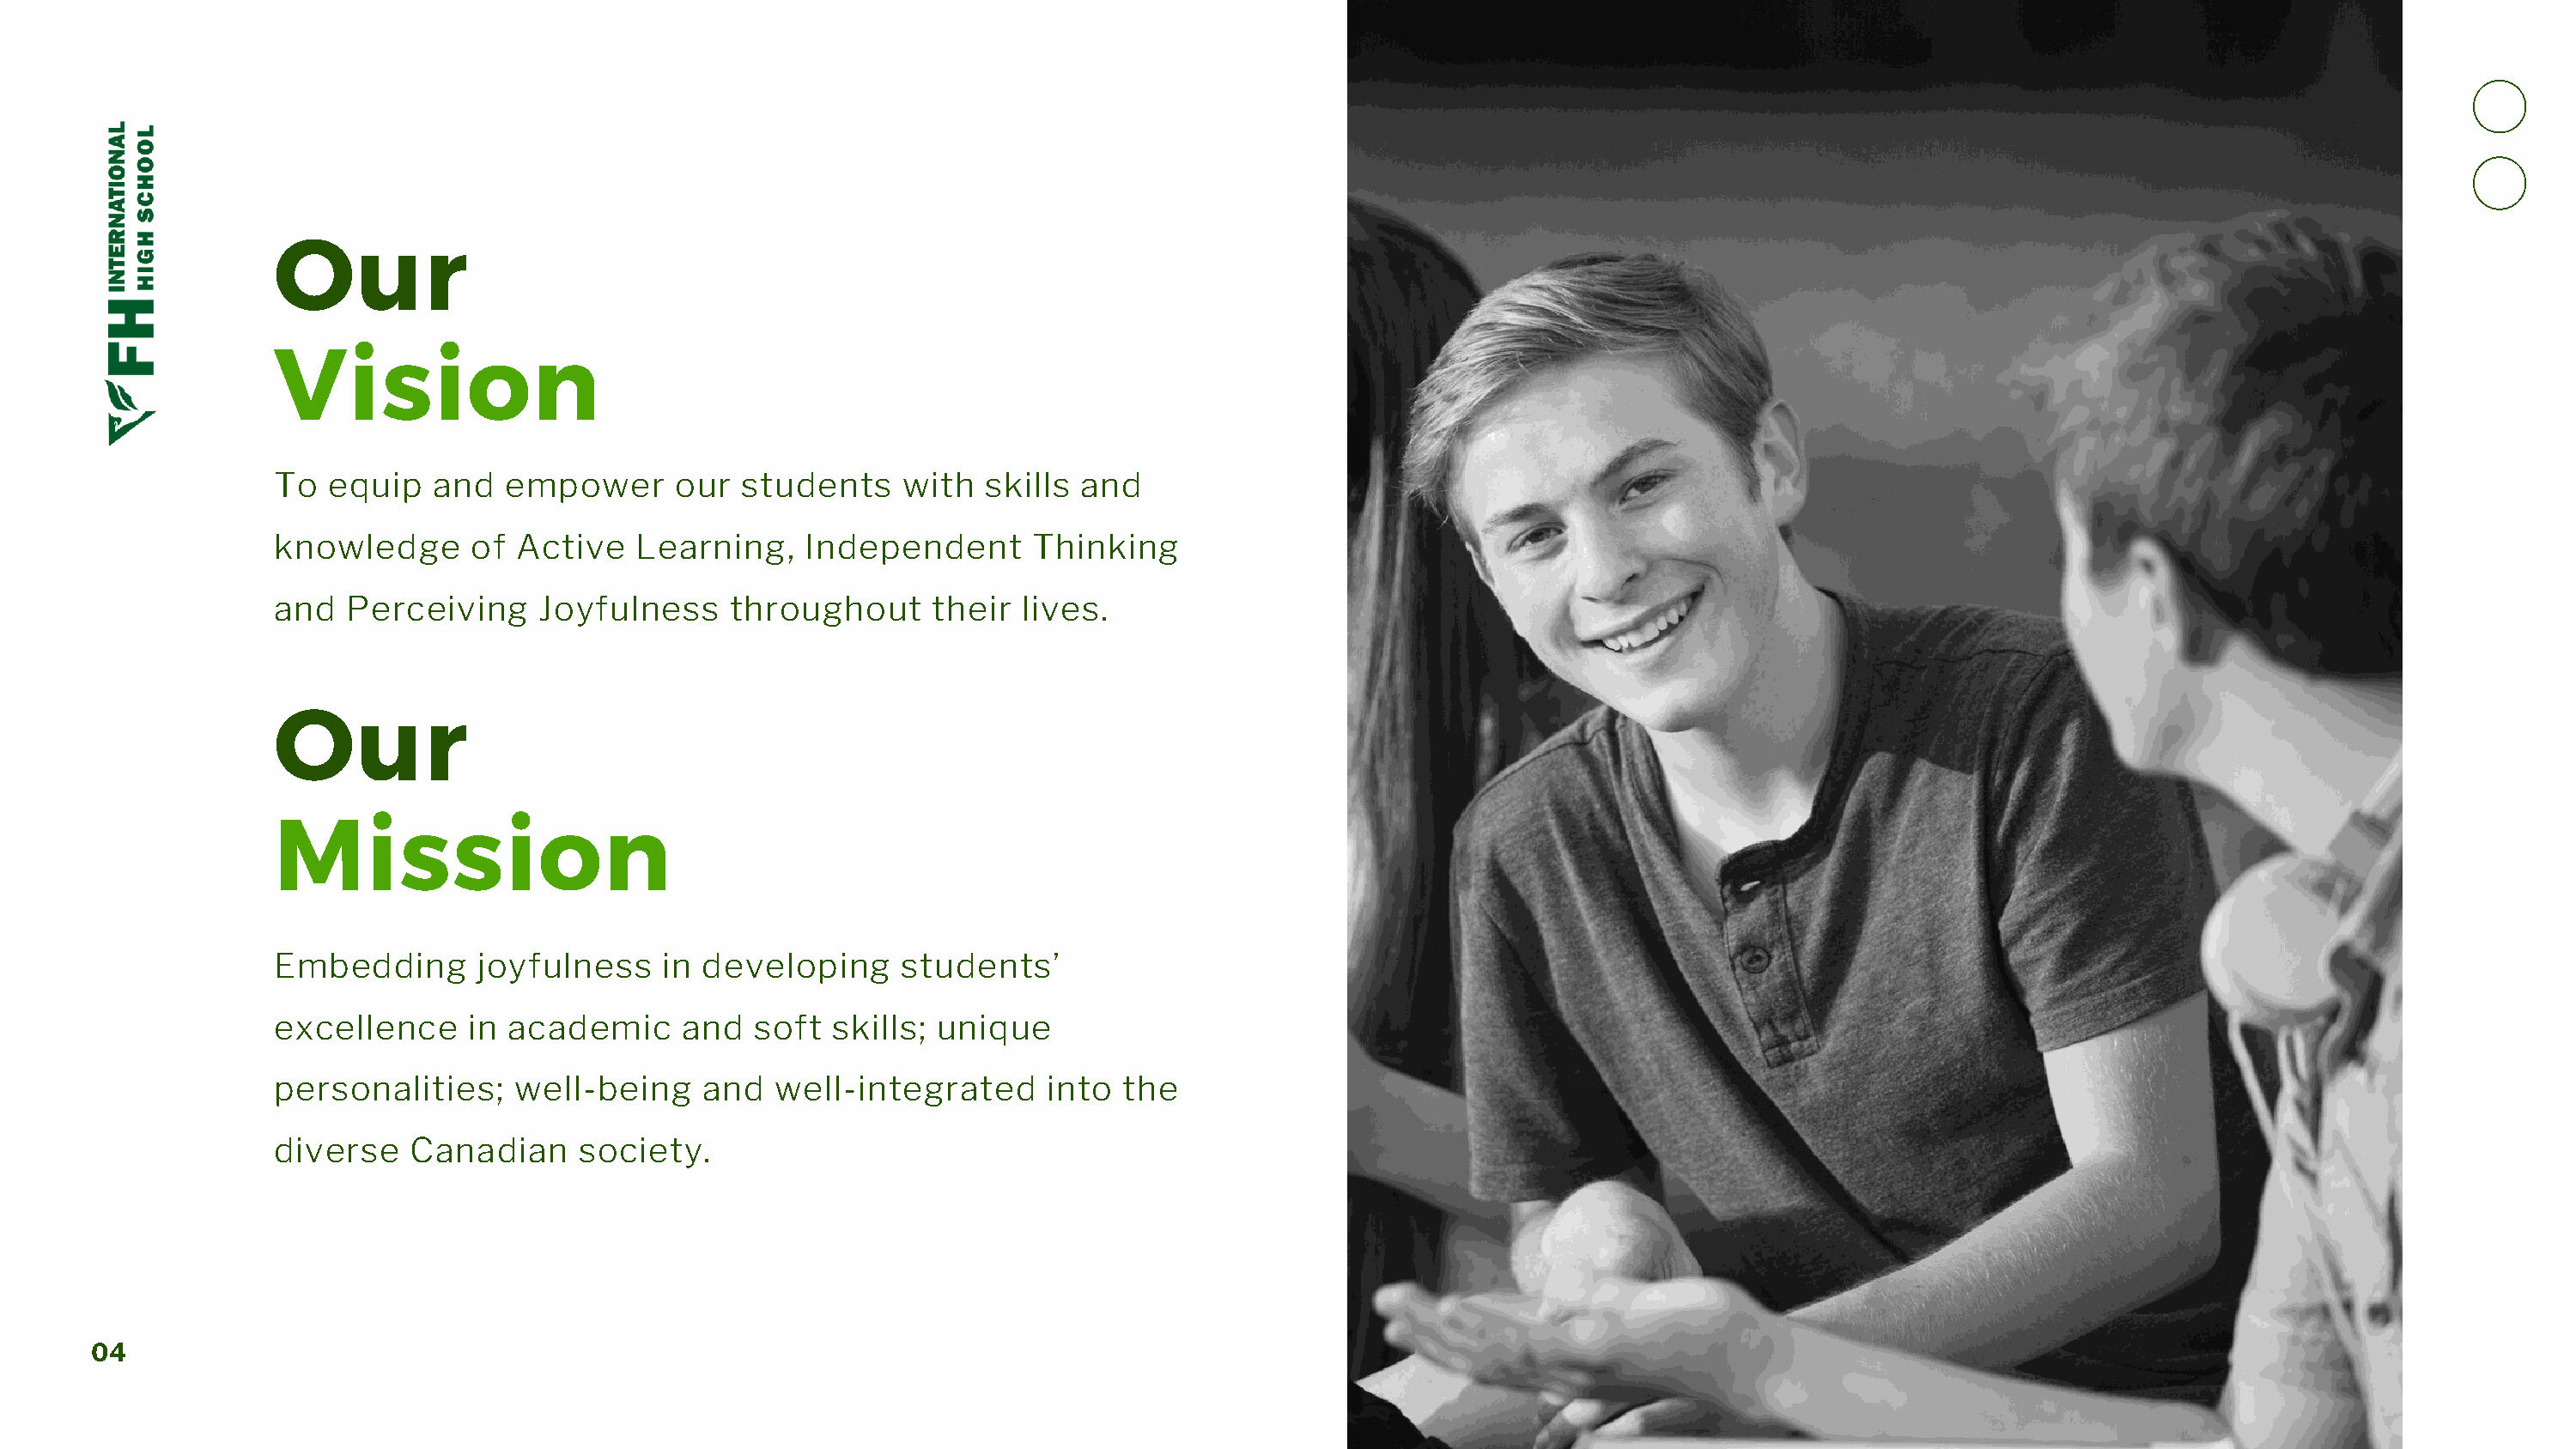
Our
 Vision
 To  equip   and   empower      our  students     with  skills and
 knowledge      of  Active   Learning,    Independent       Thinking
 and   Perceiving     Joyfulness    throughout      their  lives.
 Our
 Mission
 Embedding       joyfulness    in developing     students’
 excellence     in academic      and  soft  skills; unique
 personalities;     well-being    and   well-integrated      into  the
 diverse    Canadian     society.
 04